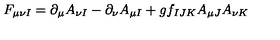
F _ { \mu \nu I } = \partial _ { \mu } A _ { \nu I } - \partial _ { \nu } A _ { \mu I } + g f _ { I J K } A _ { \mu J } A _ { \nu K }